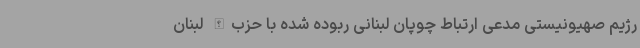
رژیم صهیونیستی مدعی ارتباط چوپان لبنانی ربوده شده با حزب‌الله لبنان